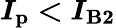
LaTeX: \boldsymbol{I_{\mathrm{p}}<I_{\mathrm{B}2}}